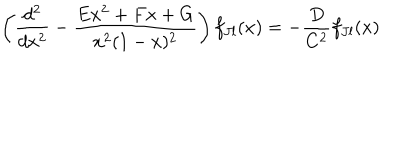
LaTeX: \left( { \frac { d ^ { 2 } } { d x ^ { 2 } } } - { \frac { E x ^ { 2 } + F x + G } { x ^ { 2 } ( 1 - x ) ^ { 2 } } } \right) f _ { J l } ( x ) = - { \frac { D } { C ^ { 2 } } } f _ { J l } ( x )